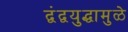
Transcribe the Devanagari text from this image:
द्वंद्वयुद्धामुळे